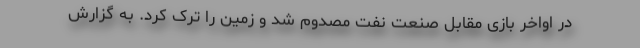
در اواخر بازی مقابل صنعت نفت مصدوم شد و زمین را ترک کرد. به گزارش